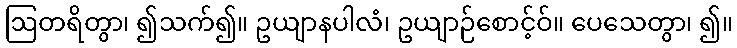
ဩတရိတွာ၊ ၍သက်၍။ ဥယျာနပါလံ၊ ဥယျာဉ်စောင့်ဝ်။ ပေသေတွာ၊ ၍။